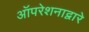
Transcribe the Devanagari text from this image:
ऑपरेशनाद्वारे